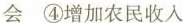
会 ④增加农民收入